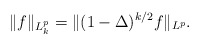
\begin{align*}\|f\|_{L^p_k}=\|(1-\Delta)^{k/2} f\|_{L^p}.\end{align*}